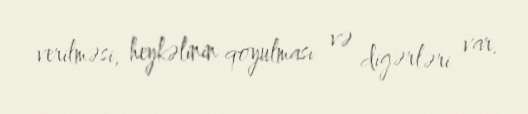
verilməsi, heykəlinin qoyulması və digərləri var.